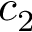
c _ { 2 }